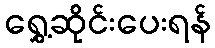
ရွှေ့ဆိုင်းပေးရန်